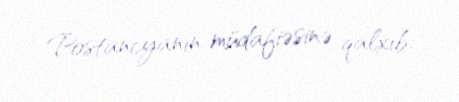
Postancyanın müdafiəsinə qalxıb.